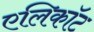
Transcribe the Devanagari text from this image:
एलिकॉट